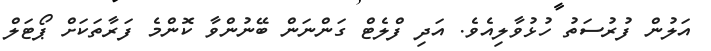
އަލުން ފުރުސަތު ހުޅުވާލިއެވެ. އަދި ފްލެޓް ގަންނަން ބޭނުންވާ ކޮންމެ ފަރާތަކަށް ޕޯޓަލް